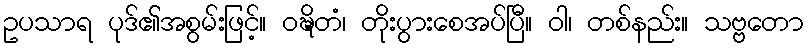
ဥပသာရ ပုဒ်၏အစွမ်းဖြင့်။ ဝဍ္ဎိတံ၊ တိုးပွားစေအပ်ပြီ။ ဝါ၊ တစ်နည်း။ သဗ္ဗတော